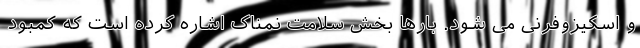
و اسکیزوفرنی می شود. بارها بخش سلامت نمناک اشاره کرده است که کمبود